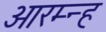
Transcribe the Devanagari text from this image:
आरम्न्ह